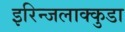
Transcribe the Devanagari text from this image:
इरिन्जलाक्कुडा